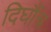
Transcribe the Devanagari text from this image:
दिघौंच